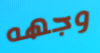
وجهه